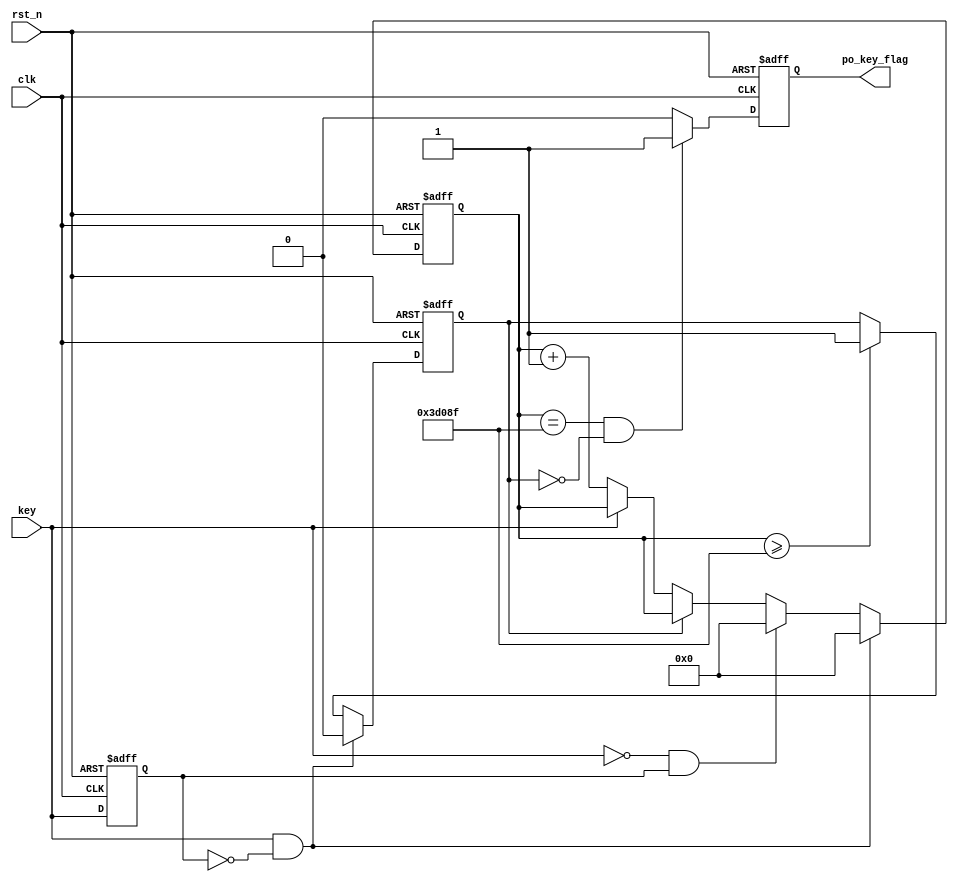
module key(

	input		wire			clk,
	input		wire			rst_n,
	input		wire 			key,
	output		reg				po_key_flag			
	);

parameter	CNT_5ms = 249999;
reg 		key_reg;
reg 		cnt_flag;
reg [31:0]  key_cnt;

always @(posedge clk or negedge rst_n) begin
	if (rst_n==1'b0) begin
		key_reg<='d0;
	end
	else begin 
		key_reg<=key;
	end
end


always @(posedge clk or negedge rst_n) begin
	if (rst_n==1'b0) begin
		key_cnt<='d0;
	end
	else if (key == 1'b1 && key_reg == 1'b0) begin
		key_cnt <= 'd0;
	end
	else if (key == 1'b0 && key_reg == 1'b1) begin
		key_cnt <= 'd0;
	end
	else if(cnt_flag == 'd1)begin
		key_cnt<= key_cnt;
	end
	else if(key==0)begin
		key_cnt<= key_cnt+1'b1;
	end
end

always @(posedge clk or negedge rst_n) begin
	if (rst_n==1'b0) begin
		cnt_flag <= 'd0;
	end
	else if (key == 1'b1 && key_reg == 1'b0) begin
		cnt_flag <= 'd0;
	end
	else if (key_cnt >= CNT_5ms) begin
		cnt_flag <= 'd1;
	end
end

always @(posedge clk or negedge rst_n) begin
	if (rst_n==1'b0) begin
		po_key_flag<='d0;
	end
	else if (key_cnt == CNT_5ms && cnt_flag == 'd0) begin
		po_key_flag<='d1;
	end
	else begin
		po_key_flag<='d0;
	end
end
endmodule